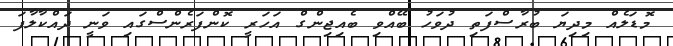
މޮޑަލެއް މިދިޔަ ބުރާސްފަތި ދުވަހު ބޭއްވި ބެއިޖިންގް އަހަރީ ކޮންފަރެންސްގައި ވަނީ ދައްކާލާފަ